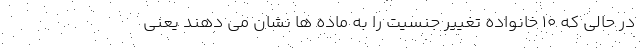
در حالی که 10 خانواده تغییر جنسیت را به ماده ها نشان می دهند یعنی